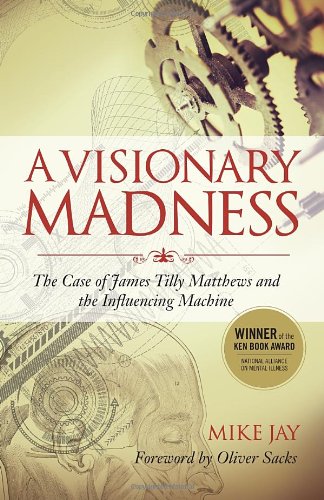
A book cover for A Visionary Madness: The Case of James Tilly Matthews and the Influencing Machine; Mike Jay; Health, Fitness & Dieting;